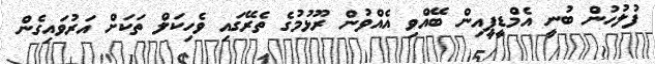
ފުލުހުން ބުނީ އެމްޑީޕީއިން ބޭއްވި އެއްވުން ރޫޅުމުގެ ތެރޭގައި ވެހިކަލް ތަކަށް އަރުވައިގެން